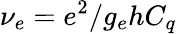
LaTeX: \nu_{e}=e^{2}/g_{e}hC_{q}